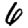
Digit: 6